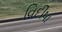
વિદીષા